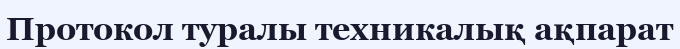
Протокол туралы техникалық ақпарат